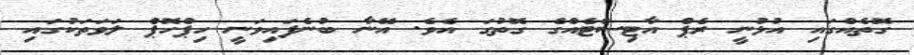
ގޮތެއްގައި އުޅުނީ ރެޕް އާޓިސްޓެއްގެ ގޮތުގަ އެވެ. އޭނާ ބުނެފައިވަނީ ހިޕްހޮޕް ލަވަތަކުގައި